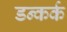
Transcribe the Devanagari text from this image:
डन्कर्क